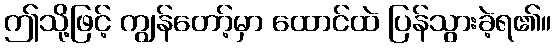
ဤသို့ဖြင့် ကျွန်တော့်မှာ ထောင်ထဲ ပြန်သွားခဲ့ရ၏။